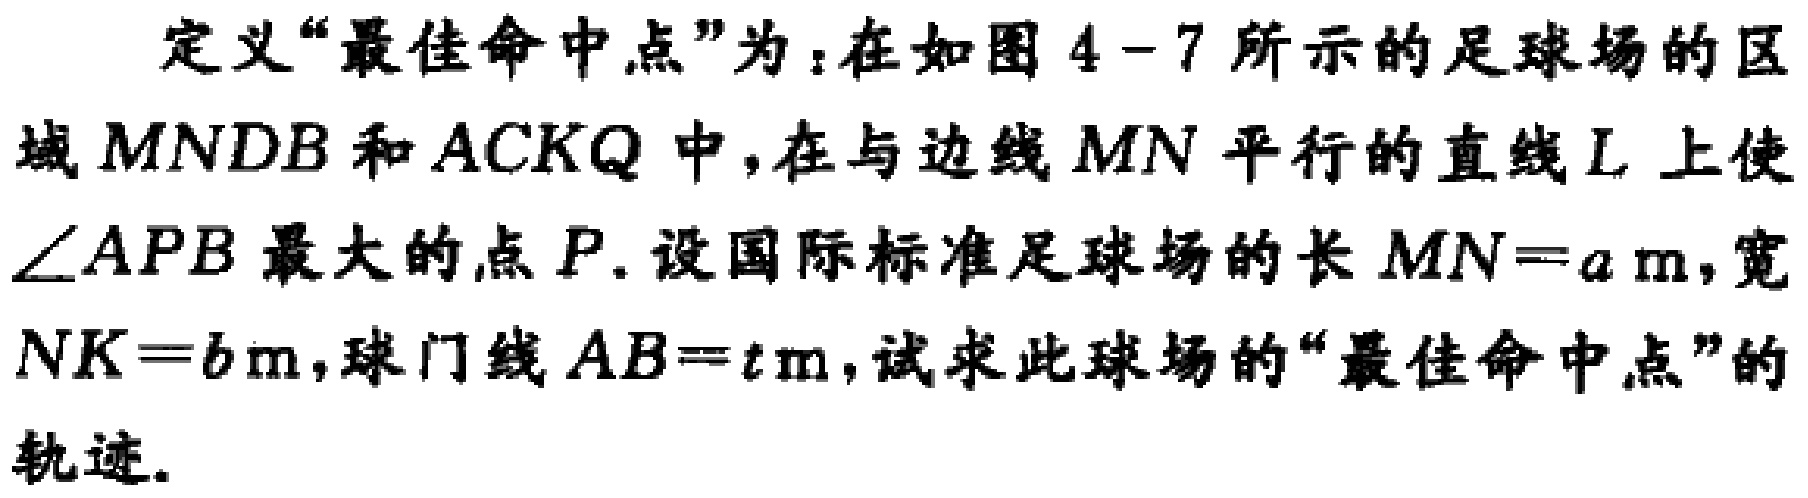
定义“最佳命中点”为：在如图4 - 7所示的足球场的区域$MNDB$和$ACKQ$中，在与边线$MN$平行的直线$L$上使$\angle APB$最大的点$P$. 设国际标准足球场的长$MN = a\mathrm{m}$，宽$NK = b\mathrm{m}$，球门线$AB = t\mathrm{m}$，试求此球场的“最佳命中点”的轨迹.